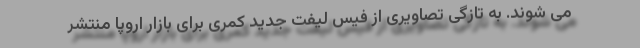
می شوند. به تازگی تصاویری از فیس لیفت جدید کمری برای بازار اروپا منتشر